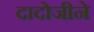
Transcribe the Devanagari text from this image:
दादोजीने